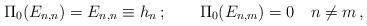
LaTeX: \begin{align*}\Pi_0 (E_{n,n})=E_{n,n}\equiv h_n\,;\qquad\Pi_0 (E_{n,m})=0\quad n\ne m\,,\end{align*}